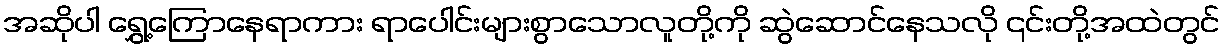
အဆိုပါ ရွှေ့ကြောနေရာကား ရာပေါင်းများစွာသောလူတို့ကို ဆွဲဆောင်နေသလို ၎င်းတို့အထဲတွင်